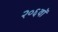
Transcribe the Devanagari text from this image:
२०६वॉ